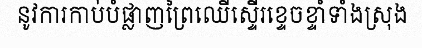
នូវការកាប់បំផ្លាញព្រៃឈើស្ទើរខ្ទេចខ្ទាំទាំងស្រុង